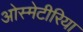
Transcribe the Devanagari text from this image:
ओस्मेटीरिया